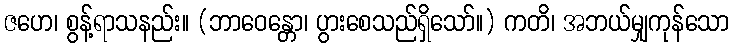
ဇဟေ၊ စွန့်ရာသနည်း။ (ဘာဝေန္တော၊ ပွားစေသည်ရှိသော်။) ကတိ၊ အဘယ်မျှကုန်သော